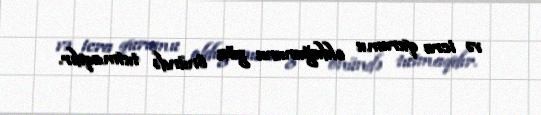
və icra qurumu olduğununu göz önündə tutmaqdır.